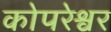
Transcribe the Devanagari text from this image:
कोपरेश्वर